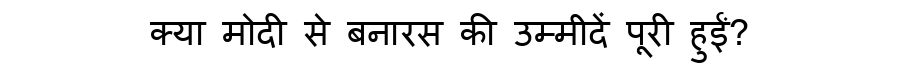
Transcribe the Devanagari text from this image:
क्या मोदी से बनारस की उम्मीदें पूरी हुईं?